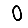
Digit: 0